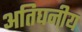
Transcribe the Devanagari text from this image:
अतिघनीय